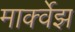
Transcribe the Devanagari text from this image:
मार्क्वेझ